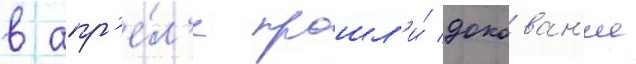
в апр'е́л'е прошл'и́ докован'ие